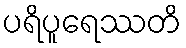
ပရိပူရေဿတိ